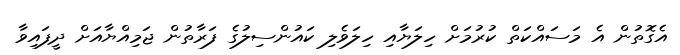
އެގޮތުން އެ މަސައްކަތް ކުރުމަށް ހިލަޔާއި ހިލަވެލި ކައުންސިލުގެ ފަރާތުން ޖަމިއްޔާއަށް ދީފައިވާ